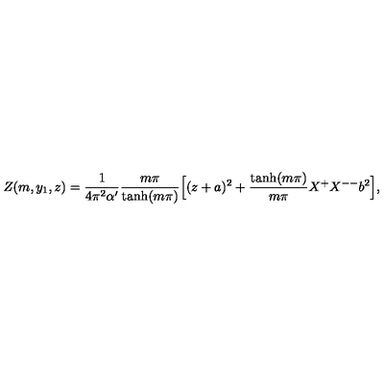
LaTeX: Z ( m , y _ { 1 } , z ) = \frac { 1 } { 4 \pi ^ { 2 } \alpha ^ { \prime } } \frac { m \pi } { \tanh ( m \pi ) } \Bigl [ ( z + a ) ^ { 2 } + \frac { \tanh ( m \pi ) } { m \pi } X ^ { + } X ^ { -- } b ^ { 2 } \Bigr ] ,